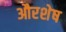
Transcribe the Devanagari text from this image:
औरशेष